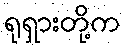
ရုရှားတို့က